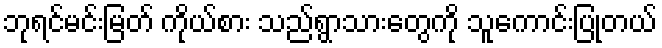
ဘုရင်မင်းမြတ် ကိုယ်စား သည်ရွာသားတွေကို သူကောင်းပြုတယ်